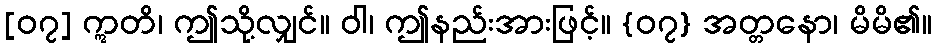
[၀၇] ဣတိ၊ ဤသို့လျှင်။ ဝါ၊ ဤနည်းအားဖြင့်။ {၀၇} အတ္တနော၊ မိမိ၏။